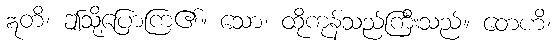
ဣတိ၊ ဤသို့ပြောကြ၏။ သော၊ ထိုကုန်သည်ကြီးသည်။ တေဟိ၊